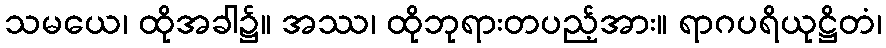
သမယေ၊ ထိုအခါ၌။ အဿ၊ ထိုဘုရားတပည့်အား။ ရာဂပရိယုဋ္ဌိတံ၊